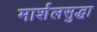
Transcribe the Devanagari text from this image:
मार्शलसुद्धा